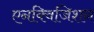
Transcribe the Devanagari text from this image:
एनक्विजिशन